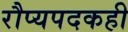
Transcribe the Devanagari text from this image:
रौप्यपदकही